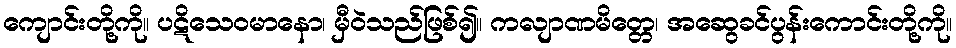
ကျောင်းတို့ကို။ ပဋိသေဝမာနော၊ မှီဝဲသည်ဖြစ်၍။ ကလျာဏမိတ္တေ၊ အဆွေခင်ပွန်းကောင်းတို့ကို။